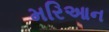
મરિઆન